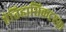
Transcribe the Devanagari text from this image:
ऐतिहासिकदृष्टय़ा